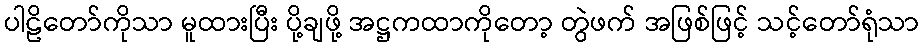
ပါဠိတော်ကိုသာ မူထားပြီး ပို့ချဖို့ အဋ္ဌကထာကိုတော့ တွဲဖက် အဖြစ်ဖြင့် သင့်တော်ရုံသာ